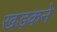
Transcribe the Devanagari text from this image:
खड़कने